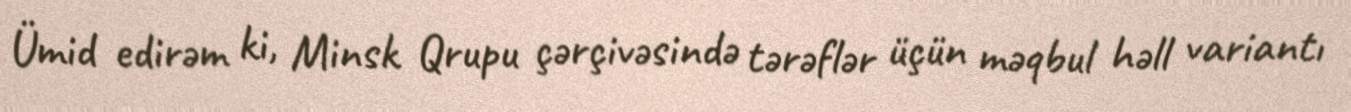
Ümid edirəm ki, Minsk Qrupu çərçivəsində tərəflər üçün məqbul həll variantı